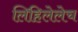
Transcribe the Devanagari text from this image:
लिहिलेलेच